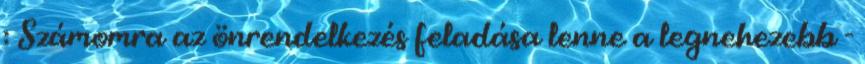
: Számomra az önrendelkezés feladása lenne a legnehezebb -